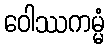
ဝေါဿကမ္မံ